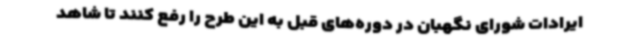
ایرادات شورای نگهبان در دوره‌های قبل به این طرح را رفع کنند تا شاهد